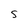
Character: S